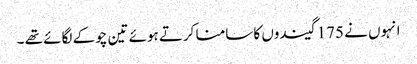
انہوں نے 175 گیندوں کا سامنا کرتے ہوئے تین چوکے لگائے تھے ۔